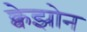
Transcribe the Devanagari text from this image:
क्वेझोन